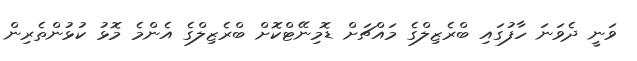
ވަނީ ދެވަނަ ހާފުގައި ބްރެޒިލްގެ މައްޗަށް ޑޮމިނޭޓްކޮށް ބްރެޒިލްގެ އެންމެ މޮޅު ކުޅުންތެރިން